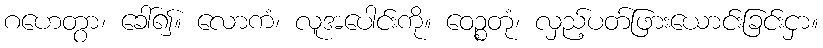
ဂဟေတွာ၊ ခေါ်၍။ လောကံ၊ လူအပေါင်းကို။ ဝေဉ္စတုံ၊ လှည့်ပတ်ဖြားယောင်းခြင်းငှာ။